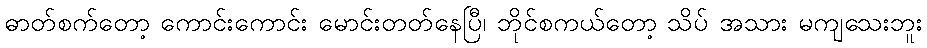
ဓာတ်စက်တော့ ကောင်းကောင်း မောင်းတတ်နေပြီ၊ ဘိုင်စကယ်တော့ သိပ် အသား မကျသေးဘူး